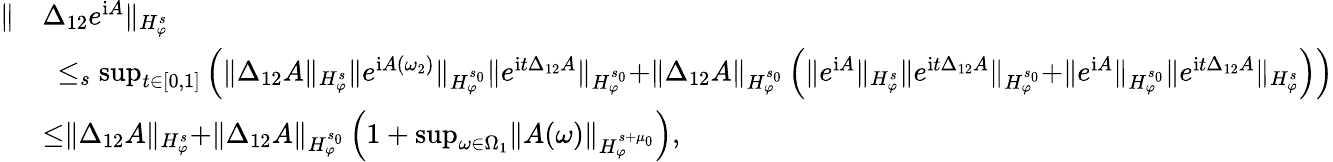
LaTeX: \begin{array}{rl}{\rVert}&{\Delta_{12}e^{\mathrm{i}A}\rVert_{H_{\varphi}^{s}}}\\ &{\ \le_{s}\operatorname*{sup}_{t\in[0,1]}\left(\rVert\Delta_{12}A\rVert_{H_{\varphi}^{s}}\rVert e^{\mathrm{i}A(\omega_{2})}\rVert_{H_{\varphi}^{s_{0}}}\rVert e^{\mathrm{i}t\Delta_{12}A}\rVert_{H_{\varphi}^{s_{0}}}+\rVert\Delta_{12}A\rVert_{H_{\varphi}^{s_{0}}}\left(\rVert e^{\mathrm{i}A}\rVert_{H_{\varphi}^{s}}\rVert e^{\mathrm{i}t\Delta_{12}A}\rVert_{H_{\varphi}^{s_{0}}}+\rVert e^{\mathrm{i}A}\rVert_{H_{\varphi}^{s_{0}}}\rVert e^{\mathrm{i}t\Delta_{12}A}\rVert_{H_{\varphi}^{s}}\right)\right)}\\ &{\le\rVert\Delta_{12}A\rVert_{H_{\varphi}^{s}}+\rVert\Delta_{12}A\rVert_{H_{\varphi}^{s_{0}}}\left(1+\operatorname*{sup}_{\omega\in\Omega_{1}}\rVert A(\omega)\rVert_{H_{\varphi}^{s+\mu_{0}}}\right),}\end{array}